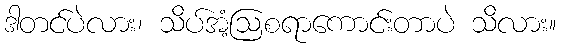
ဒါတင်ပဲလား၊ သိပ်အံ့ဩစရာကောင်းတာပဲ သိလား။